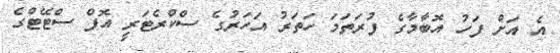
އެ އަށް ފަހު އޮބާމާގެ ފުރަތަމަ ހަތަރު އަހަރުގެ ސްކްރެޓަރީ އޮފް ސްޓޭޓްގެ